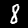
Digit: 8